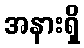
အနားရှိ